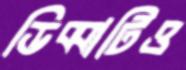
ডিব্বাটিও